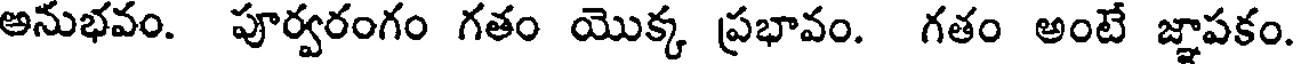
అనుభవం. పూర్వరంగం గతం యొక్క ప్రభావం. గతం అంటే జ్ఞాపకం.